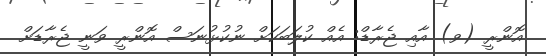
އޮންރީ (ވ) އާއި ޖެރާޑް: އެއް ކުލަބަކަށް ނުކުޅުނަސް އޮންރީ ވަނީ ޖެރާޑަށް